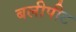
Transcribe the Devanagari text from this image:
बलीपीट